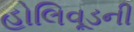
હોલિવૂડની